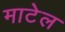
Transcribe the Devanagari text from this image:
माटेल